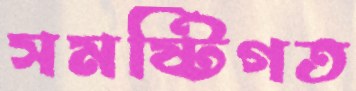
সমষ্টিগত